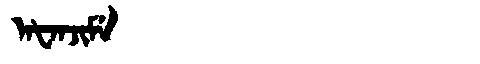
Manchu: ᠠᡶᠠᠨᠵᡳᠮᡝ
Romanization: AFANJIME